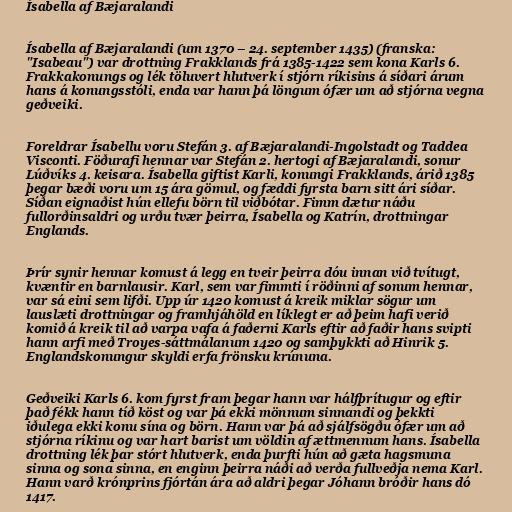
Ísabella af Bæjaralandi

Ísabella af Bæjaralandi (um 1370 – 24. september 1435) (franska:
"Isabeau") var drottning Frakklands frá 1385-1422 sem kona Karls 6.
Frakkakonungs og lék töluvert hlutverk í stjórn ríkisins á síðari árum
hans á konungsstóli, enda var hann þá löngum ófær um að stjórna vegna
geðveiki.

Foreldrar Ísabellu voru Stefán 3. af Bæjaralandi-Ingolstadt og Taddea
Visconti. Föðurafi hennar var Stefán 2. hertogi af Bæjaralandi, sonur
Lúðvíks 4. keisara. Ísabella giftist Karli, konungi Frakklands, árið 1385
þegar bæði voru um 15 ára gömul, og fæddi fyrsta barn sitt ári síðar.
Síðan eignaðist hún ellefu börn til viðbótar. Fimm dætur náðu
fullorðinsaldri og urðu tvær þeirra, Ísabella og Katrín, drottningar
Englands.

Þrír synir hennar komust á legg en tveir þeirra dóu innan við tvítugt,
kvæntir en barnlausir. Karl, sem var fimmti í röðinni af sonum hennar,
var sá eini sem lifði. Upp úr 1420 komust á kreik miklar sögur um
lauslæti drottningar og framhjáhöld en líklegt er að þeim hafi verið
komið á kreik til að varpa vafa á faðerni Karls eftir að faðir hans svipti
hann arfi með Troyes-sáttmálanum 1420 og samþykkti að Hinrik 5.
Englandskonungur skyldi erfa frönsku krúnuna.

Geðveiki Karls 6. kom fyrst fram þegar hann var hálfþrítugur og eftir
það fékk hann tíð köst og var þá ekki mönnum sinnandi og þekkti
iðulega ekki konu sína og börn. Hann var þá að sjálfsögðu ófær um að
stjórna ríkinu og var hart barist um völdin af ættmennum hans. Ísabella
drottning lék þar stórt hlutverk, enda þurfti hún að gæta hagsmuna
sinna og sona sinna, en enginn þeirra náði að verða fullveðja nema Karl.
Hann varð krónprins fjórtán ára að aldri þegar Jóhann bróðir hans dó
1417.